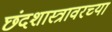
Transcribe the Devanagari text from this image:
छंदशास्त्रावरच्या